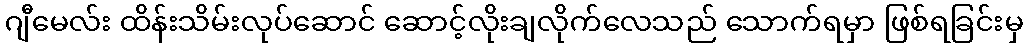
ဂျီမေလ်း ထိန်းသိမ်းလုပ်ဆောင် ဆောင့်လိုးချလိုက်လေသည် သောက်ရမှာ ဖြစ်ရခြင်းမှ